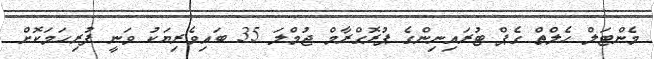
މެންޓަލް ހެލްތް ގެޕް ޓުރައިނިންގެ ޕުރޮގްރާމް ޖުމްލަ 35 ބައިވެރިޔަކު ވަނީ ފުރިހަމަކޮށް